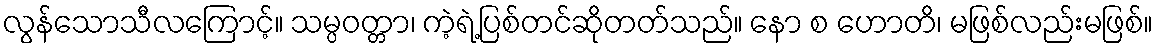
လွန်သောသီလကြောင့်။ သမ္ပဝတ္တာ၊ ကဲ့ရဲ့ပြစ်တင်ဆိုတတ်သည်။ နော စ ဟောတိ၊ မဖြစ်လည်းမဖြစ်။